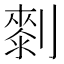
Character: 𠟴